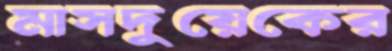
মাসদুয়েকের